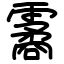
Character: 霱